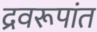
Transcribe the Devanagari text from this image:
द्रवरूपांत